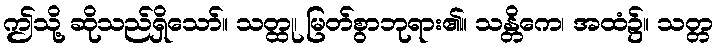
ဤသို့ ဆိုသည်ရှိသော်။ သတ္ထု၊ မြတ်စွာဘုရား၏။ သန္တိကေ၊ အထံ၌။ သတ္တ